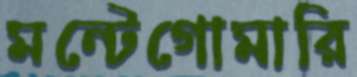
মন্টেগোমারি